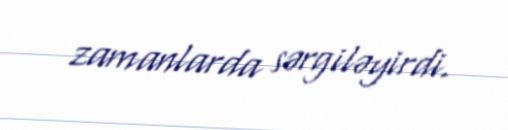
zamanlarda sərgiləyirdi.